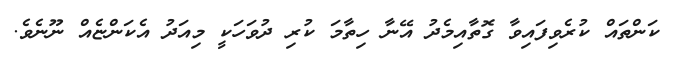
ކަންތައް ކުރެވިފައިވާ ގޮތާއިމެދު އޭނާ ހިތާމަ ކުރި ދުވަހަކީ މިއަދު އެކަންޏެއް ނޫނެވެ.